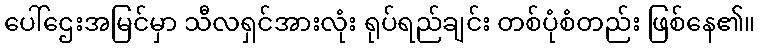
ပေါ်ဌေးအမြင်မှာ သီလရှင်အားလုံး ရုပ်ရည်ချင်း တစ်ပုံစံတည်း ဖြစ်နေ၏။